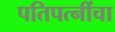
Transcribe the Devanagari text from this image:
पतिपत्‍नींचा